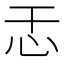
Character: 𫹯